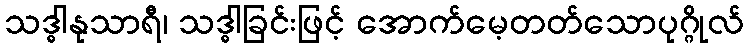
သဒ္ဓါနုသာရီ၊ သဒ္ဓါခြင်းဖြင့် အောက်မေ့တတ်သောပုဂ္ဂိုလ်